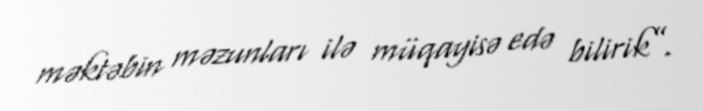
məktəbin məzunları ilə müqayisə edə bilirik”.